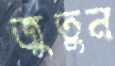
জুতুন